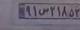
۹۱ص۲۱۸۵۳